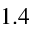
1 . 4